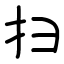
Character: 扫